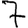
Digit: 7